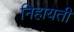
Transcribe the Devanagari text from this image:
निहायती